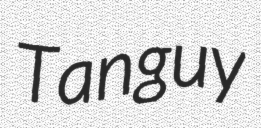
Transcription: Tanguy